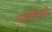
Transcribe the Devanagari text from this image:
बाल्हीकही